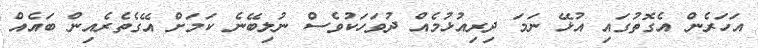
އަހަރެން އެގޮތުގައި އުޅޭ ނަމަ ދިރިއުޅުމެއް ދުވަހަކުވެސް ނުލިބޭނެ ކަމަށް އޭގެތެރެއިން ބައެއް